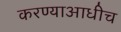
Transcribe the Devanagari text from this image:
करण्याआधीच